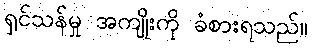
ရှင်သန်မှု အကျိုးကို ခံစားရသည်။